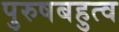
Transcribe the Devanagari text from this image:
पुरुषबहुत्व